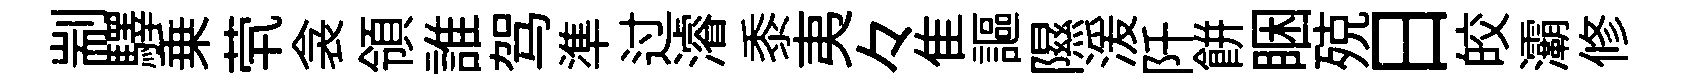
剬驛乗茕衾領誰驾準过濬黍夷々隹謳隰湲阡餅睏殑日皎灞修